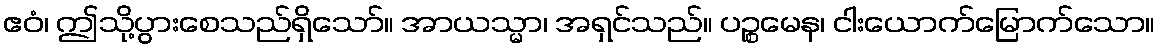
ဧဝံ၊ ဤသို့ပွားစေသည်ရှိသော်။ အာယသ္မာ၊ အရှင်သည်။ ပဉ္စမေန၊ ငါးယောက်မြောက်သော။